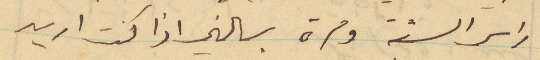
راس السنة ومرة بسالني اذا كنت اريد